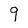
Character: 9